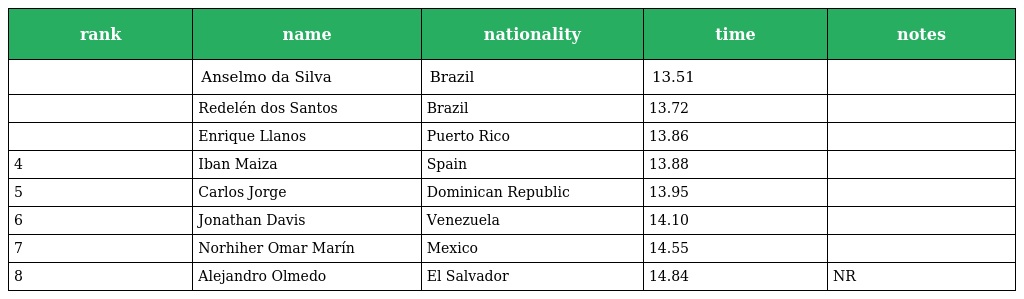
| rank | name | nationality | time | notes |
 | --- | --- | --- | --- | --- |
 |  | Anselmo da Silva | Brazil | 13.51 |  |
 |  | Redelén dos Santos | Brazil | 13.72 |  |
 |  | Enrique Llanos | Puerto Rico | 13.86 |  |
 | 4 | Iban Maiza | Spain | 13.88 |  |
 | 5 | Carlos Jorge | Dominican Republic | 13.95 |  |
 | 6 | Jonathan Davis | Venezuela | 14.10 |  |
 | 7 | Norhiher Omar Marín | Mexico | 14.55 |  |
 | 8 | Alejandro Olmedo | El Salvador | 14.84 | NR |